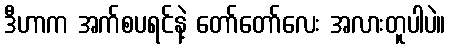
ဒီဟာက အက်စပရင်နဲ့ တော်တော်လေး အလားတူပါပဲ။